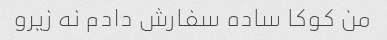
من کوکا ساده سفارش دادم نه زیرو